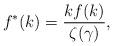
LaTeX: \begin{align*}f^\ast(k) = \frac{k f(k)}{\zeta(\gamma)},\end{align*}